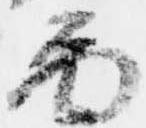
図